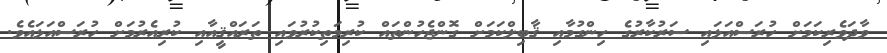
ވާދަވެރިކަމަށް ހުރަސްއަޅައި ސަރުކާރުގެ ހިންގުމާއި ޤާބިލްކަމަށް ގޮންޖެހުންތައް ކުރިމަތިކުރުވައި ތަރައްޤީއާއި ކުރިއެރުމަށް ހުރަސްއަޅައެވެ.